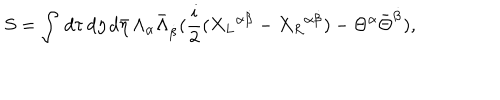
S = \int \, d \tau \, d \eta \, d { \bar { \eta } } \, \Lambda _ { \alpha } { \bar { \Lambda } } _ { \dot { \beta } } ( { \frac { i } { 2 } } ( { X _ { L } } ^ { \alpha \dot { \beta } } - { X _ { R } } ^ { \alpha \dot { \beta } } ) - \Theta ^ { \alpha } { \bar { \Theta } } ^ { \dot { \beta } } ) ,